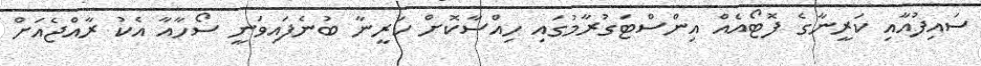
ސައިފުއާއި ކަރީނާގެ ފޮޓޯއެއް އިންސްޓަގުރާމުގައި ހިއްސާކޮށް ކަރީނާ ބުނެފައިވަނީ ސޯހާއާ އެކު ރާއްޖެއަށް